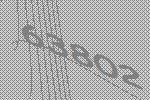
63802